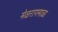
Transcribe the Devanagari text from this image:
मेळरागमाळा